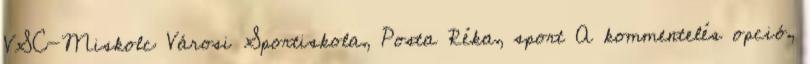
VSC-Miskolc Városi Sportiskola, Posta Réka, sport A kommentelés opció,